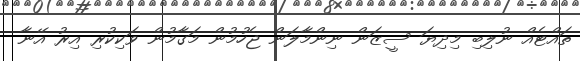
ތައްޓެއް ނުލިބި މިދިޔަ ސީޒަން ނިންމާލަން ޖެހުމުން މަގާމުން ވަކިކުރި އިރު އޭނާ